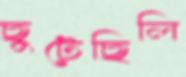
ছুটেছিলি